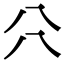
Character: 𠔁